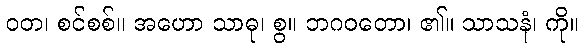
ဝတ၊ စင်စစ်။ အဟော သာဓု၊ စွ။ ဘဂဝတော၊ ၏။ သာသနံ၊ ကို။